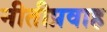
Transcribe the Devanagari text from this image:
नीतीप्रवाह